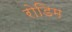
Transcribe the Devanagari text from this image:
रोडिम